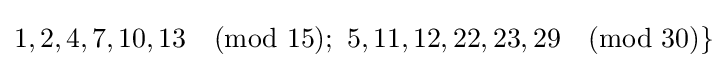
1,2,4,7,10,13{\pmod {15}};\ 5,11,12,22,23,29{\pmod {30}}\}